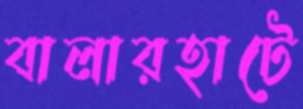
বালারহাটে